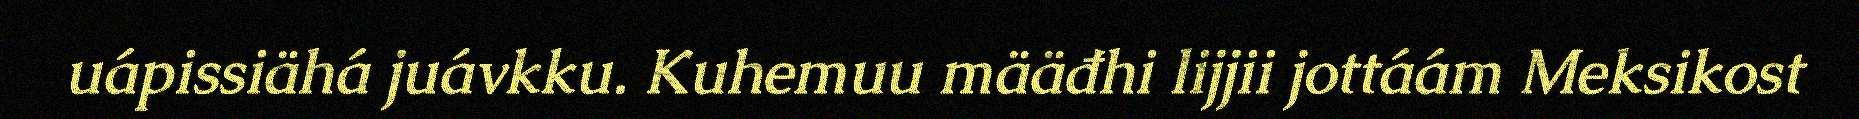
uápissiähá juávkku. Kuhemuu määđhi lijjii jottáám Meksikost